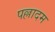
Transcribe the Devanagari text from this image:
पल्लादम